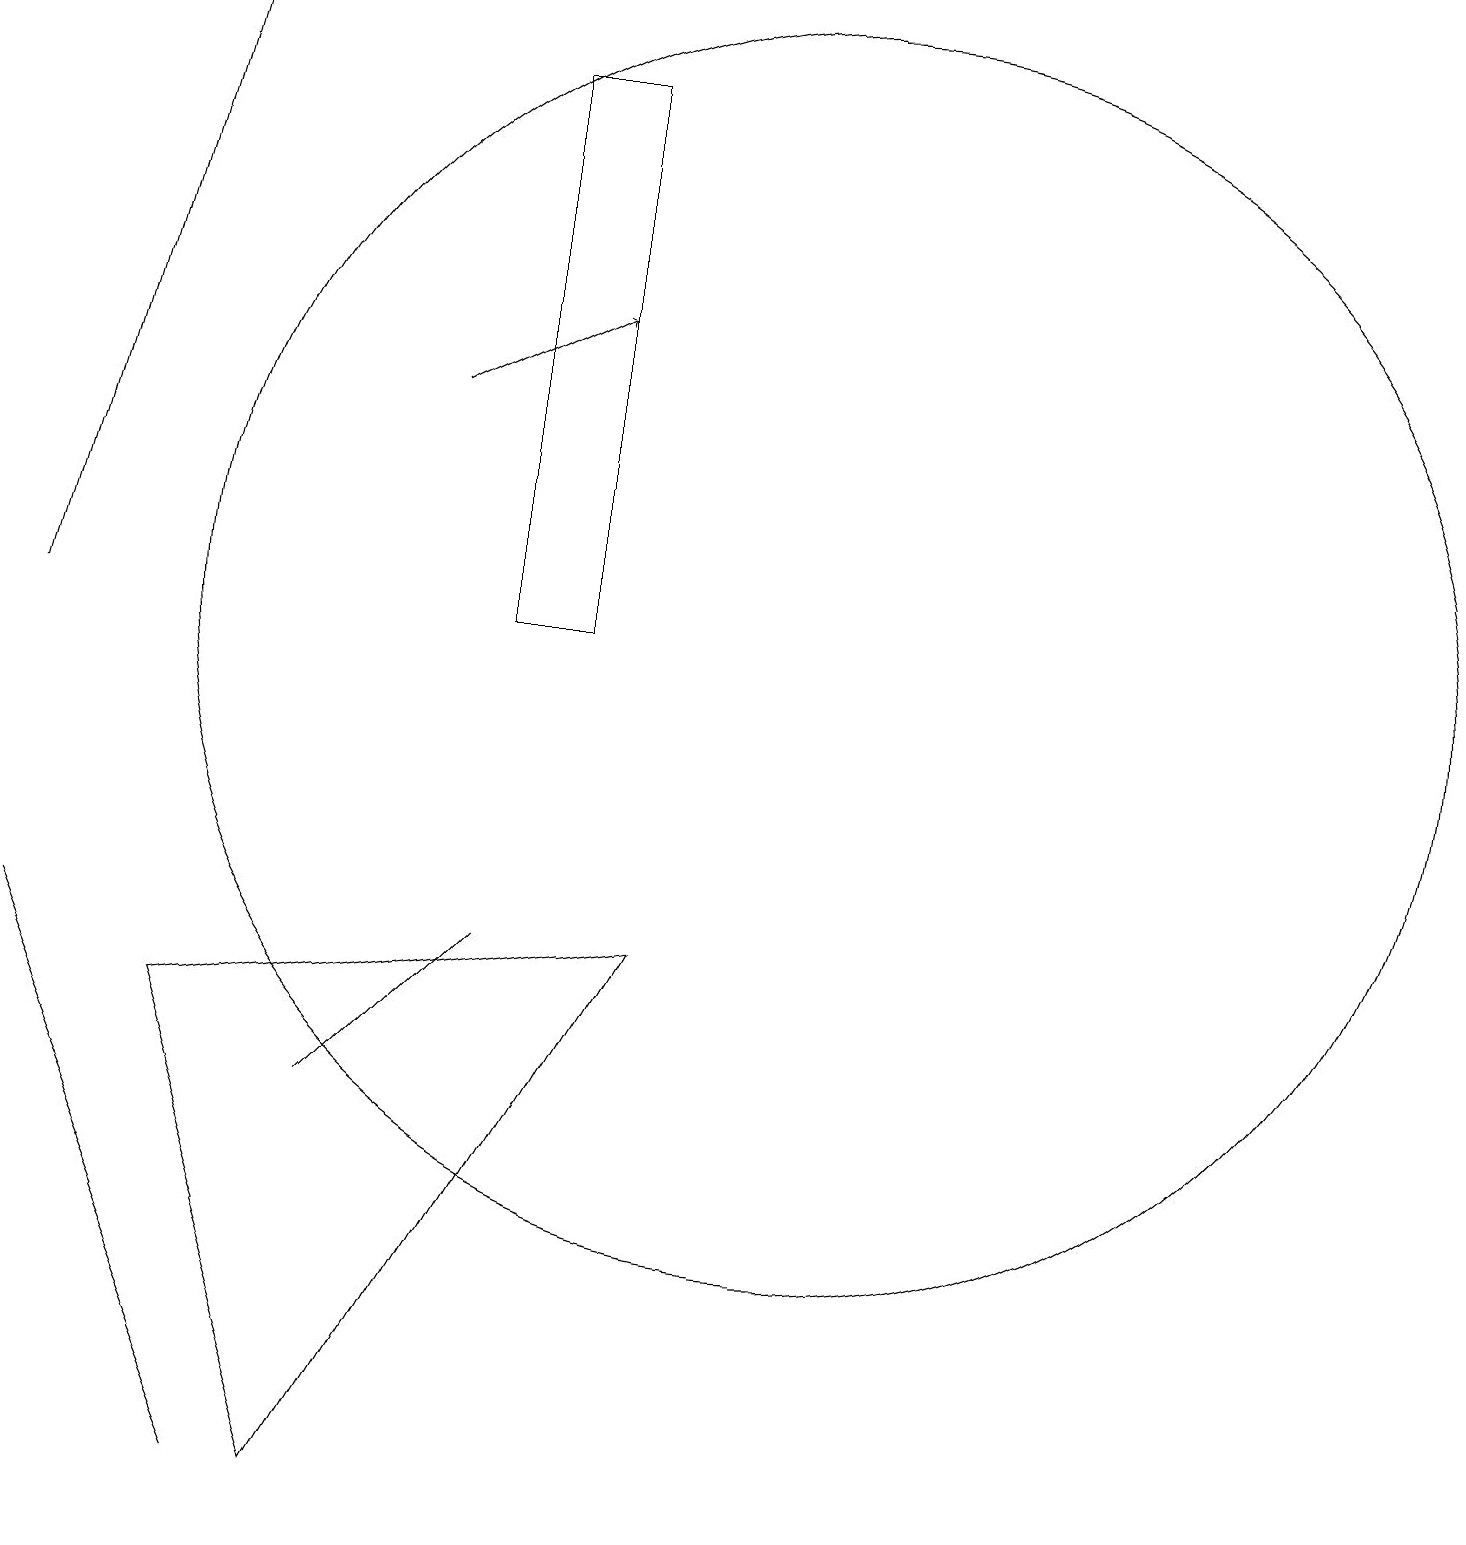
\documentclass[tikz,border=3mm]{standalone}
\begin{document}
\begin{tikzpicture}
\draw (11,11) circle (8);
\draw (6,6) -- (7,7) -- (5,5) -- cycle;
\draw[->] (1,11) -- (3,19);
\draw (1,7) -- (4,0) -- (4,0) -- cycle;
\draw (5,0) -- (3,6) -- (9,7) -- cycle;
\draw[->] (6,14) -- (8,15);
\draw (8,11) rectangle (7,18);
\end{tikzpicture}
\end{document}